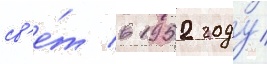
св'е́т в 1952 году